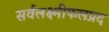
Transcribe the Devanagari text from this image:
सर्वलक्ष्मीफलप्रद